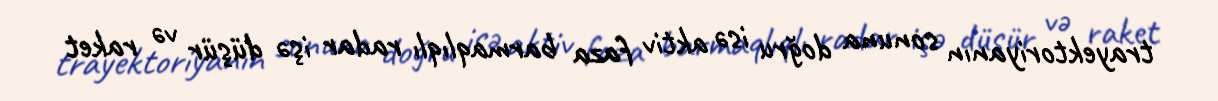
trayektoriyanın sonuna doğru isə aktiv faza barmaqlıqlı radar işə düşür və raket